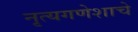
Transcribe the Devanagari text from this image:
नृत्यगणेशाचे